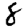
Digit: 8